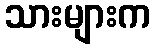
သားများက